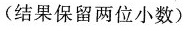
(结果保留两位小数)